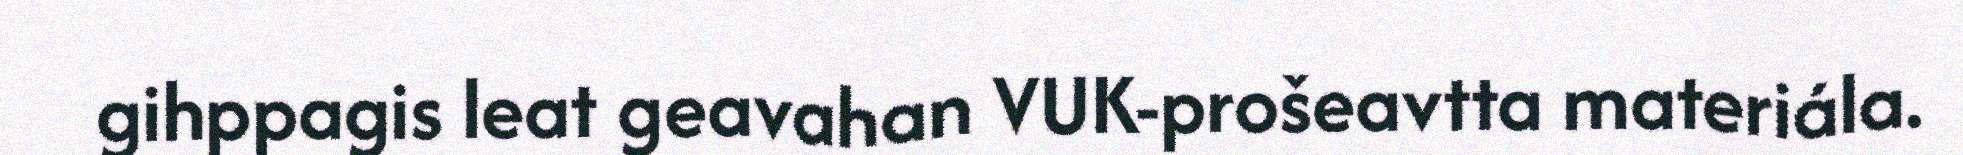
gihppagis leat geavahan VUK-prošeavtta materiála.